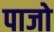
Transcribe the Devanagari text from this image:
पाजो